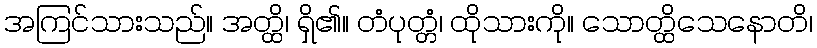
အကြင်သားသည်။ အတ္ထိ၊ ရှိ၏။ တံပုတ္တံ၊ ထိုသားကို။ သောတ္ထိသေနောတိ၊